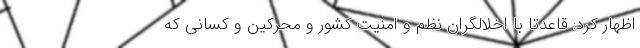
اظهار کرد: قاعدتا با اخلالگران نظم و امنیت کشور و محرکین و کسانی که